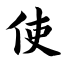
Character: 使